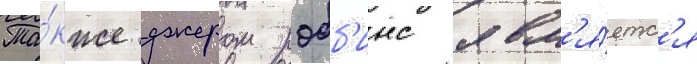
Та́кже джером робб'инс явл'я́етс'я